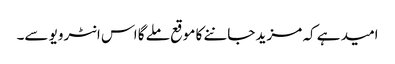
امید ہے کہ مزید جاننے کا موقع ملے گا اس انٹرویو سے۔